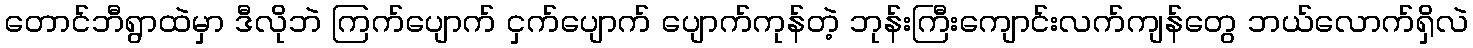
တောင်ဘီရွာထဲမှာ ဒီလိုဘဲ ကြက်ပျောက် ငှက်ပျောက် ပျောက်ကုန်တဲ့ ဘုန်းကြီးကျောင်းလက်ကျန်တွေ ဘယ်လောက်ရှိလဲ